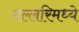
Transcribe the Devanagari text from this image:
मल्लरिमध्ये